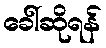
ခေါ်ဆိုရန်